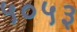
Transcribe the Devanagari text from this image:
५०५३